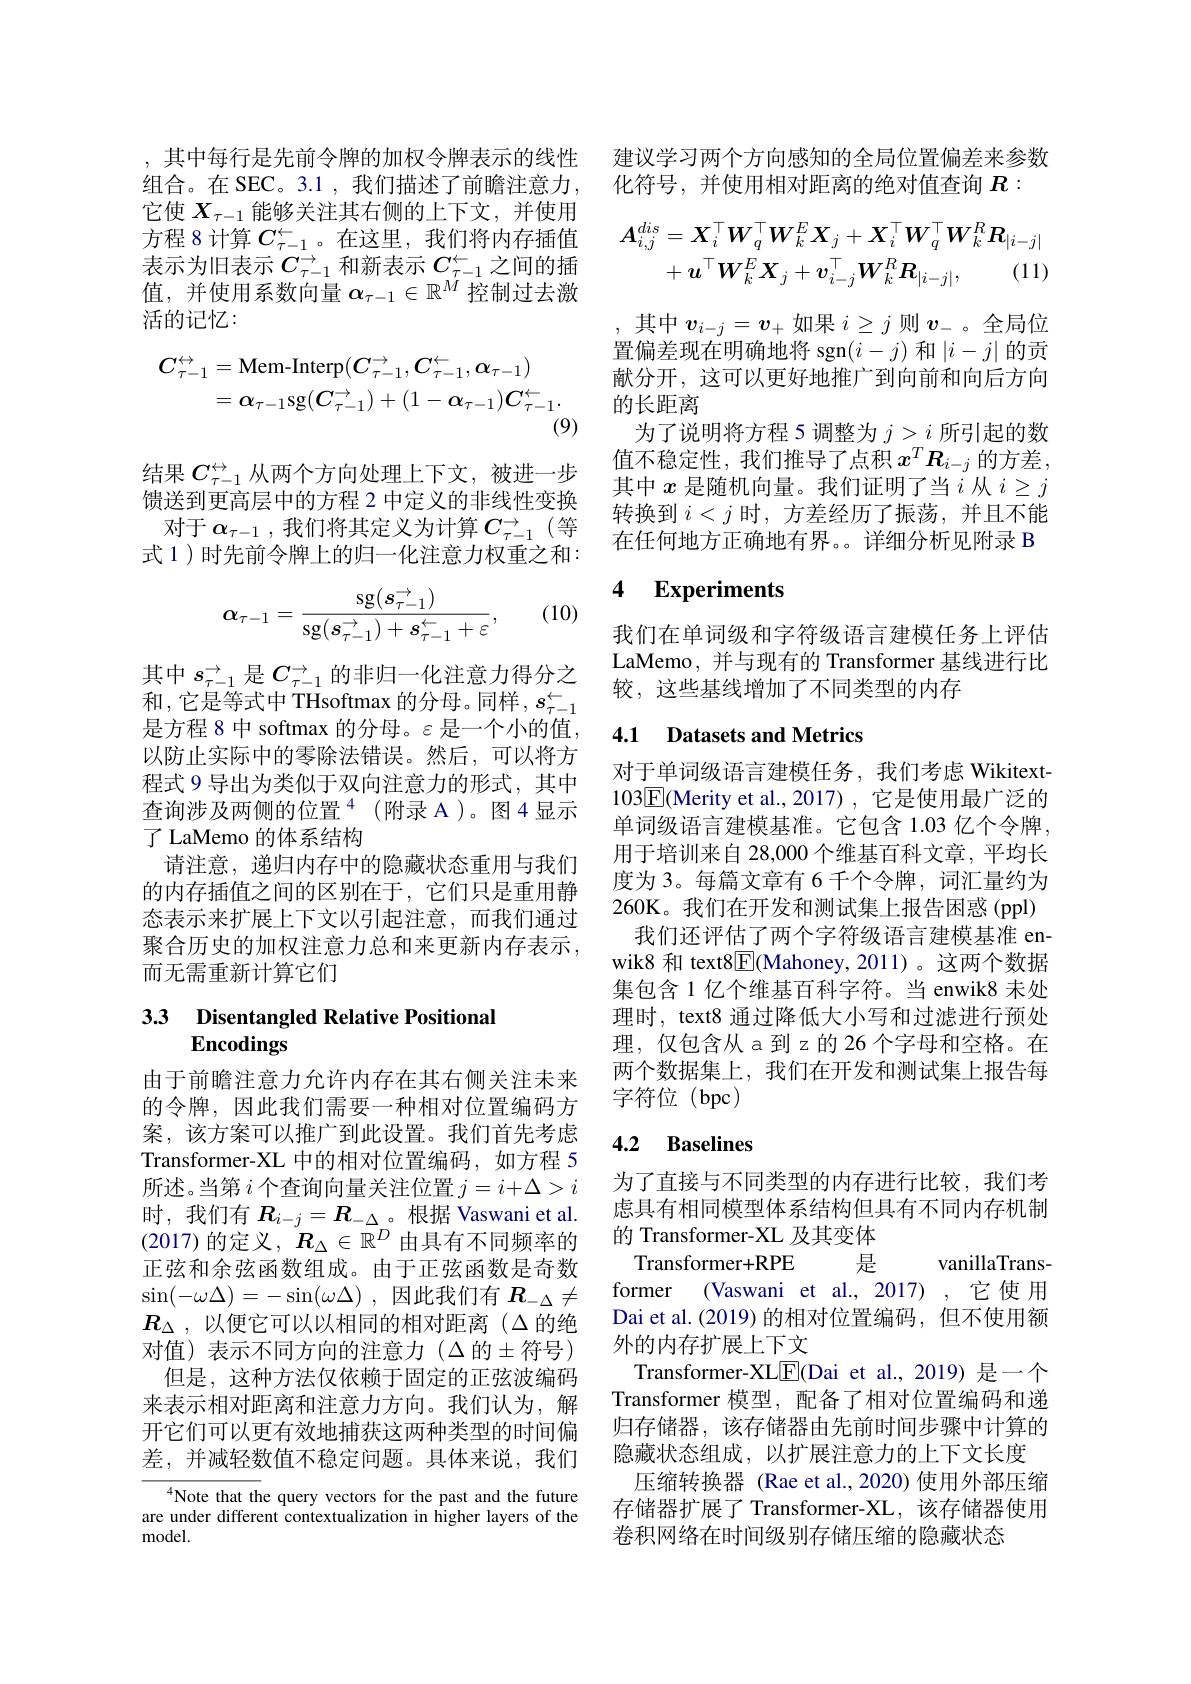
它使$X_{\tau-1}$能够关注其右侧的上下文，并使用方程 8 计算$C_{\tau-1}^\leftarrow$。在这里，我们将内存插值表示为旧表示$C_\tau-1^{\rightarrow}$和新表示$C_\tau-1^{\leftarrow}$之间的插值，并使用系数向量$\alpha_\tau-1\in\mathbb{R}^M$控制过去激活的记忆：
$$\begin{aligned}C_{\tau-1}^{\leftrightarrow}&=\text{Mem-Interp}(C_{\tau-1}^{\rightarrow},C_{\tau-1}^{\leftarrow},\alpha_{\tau-1})\\&=\alpha_{\tau-1}\mathrm{sg}(C_{\tau-1}^{\rightarrow})+(1-\alpha_{\tau-1})C_{\tau-1}^{\leftarrow}.\end{aligned}$$
结果$C_{\tau-1}^{\leftrightarrow}$从两个方向处理上下文，被进一步馈送到更高层中的方程 2 中定义的非线性变换对于$\alpha_{\tau-1}$ ,我们将其定义为计算$C_{\tau-1}^{\rightarrow}$ (等式 1 ) 时先前令牌上的归一化注意力权重之和：

(10)
$$\alpha_{\tau-1}=\frac{\mathrm{sg}(s_{\tau-1}^{\to})}{\mathrm{sg}(s_{\tau-1}^{\to})+s_{\tau-1}^{\leftarrow}+\varepsilon},$$
其中$s_\tau-1^\to$是$C_{\tau-1}^\to$的非归一化注意力得分之和，它是等式中 THsoftmax 的分母。同样，$s_\tau-1^\leftarrow$ 是方程 8 中 softmax 的分母。$\varepsilon$是一个小的值以防止实际中的零除法错误。然后，可以将方程式 9 导出为类似于双向注意力的形式，其中查询涉及两侧的位置$^4$(附录 A)。图4显示了 LaMemo 的体系结构
请注意，递归内存中的隐藏状态重用与我们的内存插值之间的区别在于，它们只是重用静态表示来扩展上下文以引起注意，而我们通过聚合历史的加权注意力总和来更新内存表示， 而无需重新计算它们

# $\begin{array}{ll}3.3&\text{Disentangled Relative Positional}\\&\text{Encodings}\end{array}$

由于前瞻注意力允许内存在其右侧关注未来的令牌，因此我们需要一种相对位置编码方案，该方案可以推广到此设置。我们首先考虑Transformer-XL 中的相对位置编码，如方程 5所述。当第$i$个查询向量关注位置$j=i+\Delta>i$ 时，我们有$R_i-j=\boldsymbol{R}_{-\Delta}$。根据 Vaswani et al. (2017)的定义，$R_\Delta\in\mathbb{R}^D$由具有不同频率的正弦和余弦函数组成。由于正弦函数是奇数$\sin ( - \omega \Delta ) = - \sin ( \omega \Delta )$ , 因此我们有$R_-\Delta\neq$ $R_{\Delta}$ ,以便它可以以相同的相对距离$(\Delta$的绝对值)表示不同方向的注意力($\Delta 的±符号)$
但是，这种方法仅依赖于固定的正弦波编码来表示相对距离和注意力方向。我们认为，解开它们可以更有效地捕获这两种类型的时间偏差，并减轻数值不稳定问题。具体来说，我们

$^{4}$Note that the query vectors for the past and the future are under different contextualization in higher layers of the model.

,其中每行是先前令牌的加权令牌表示的线性 建议学习两个方向感知的全局位置偏差来参数
组合。在 SEC。3.1 , 我们描述了前瞻注意力，化符号，并使用相对距离的绝对值查询$R:$
$$\begin{aligned}\boldsymbol{A}_{i,j}^{dis}&=\boldsymbol{X}_{i}^{\top}\boldsymbol{W}_{q}^{\top}\boldsymbol{W}_{k}^{E}\boldsymbol{X}_{j}+\boldsymbol{X}_{i}^{\top}\boldsymbol{W}_{q}^{\top}\boldsymbol{W}_{k}^{R}\boldsymbol{R}_{|i-j|}\\&+\boldsymbol{u}^{\top}\boldsymbol{W}_{k}^{E}\boldsymbol{X}_{j}+\boldsymbol{v}_{i-j}^{\top}\boldsymbol{W}_{k}^{R}\boldsymbol{R}_{|i-j|},\quad(11)\end{aligned}$$
其中$v_i-j=\boldsymbol{v}_+$如果$i\geq j$则$\boldsymbol v_-$ 。全局位置偏差现在明确地将 sgn$(i-j)$和$|i-j|$的贡献分开，这可以更好地推广到向前和向后方向的长距离
为了说明将方程 5 调整为$j>i$所引起的数值不稳定性，我们推导了点积 $x^T\boldsymbol{R}_{i-j}$ 的方差， 其中$x$是随机向量。我们证明了当$i$从$i\geq j$ 转换到$i<j$时，方差经历了振荡，并且不能在任何地方正确地有界。详细分析见附录 B

### 4 $\textbf{Experiments}$

我们在单词级和字符级语言建模任务上评估LaMemo, 并与现有的 Transformer 基线进行比较，这些基线增加了不同类型的内存

## 4.1 Datasets and Metrics

对于单词级语言建模任务，我们考虑 Wikitext- 103$\boxed{\mathrm{E}}$(Merity et al.,2017) ,它是使用最广泛的单词级语言建模基准。它包含 1.03 亿个令牌， 用于培训来自 28,000 个维基百科文章，平均长度为 3。每篇文章有 6 千个令牌，词汇量约为260K。我们在开发和测试集上报告困惑(ppl)
我们还评估了两个字符级语言建模基准 enwik8 和 text8$\boxed{\mathrm{F}}$(Mahoney,2011)。这两个数据集包含 1 亿个维基百科字符。当 enwik8 未处理时，text8 通过降低大小写和过滤进行预处理，仅包含从 a 到 z 的 26 个字母和空格。在两个数据集上，我们在开发和测试集上报告每字符位(bpc)

## 4.2 Baselines

为了直接与不同类型的内存进行比较，我们考虑具有相同模型体系结构但具有不同内存机制的 Transformer-XL 及其变体
Transformer+RPE 是
vanillaTrans-
former (Vaswani et al., 2017) ,它使用Dai et al.(2019)的相对位置编码，但不使用额外的内存扩展上下文
Transformer-XL$\underline{\mathrm{E}}($Dai et al.,2019) 是一个Transformer 模型，配备了相对位置编码和递归存储器，该存储器由先前时间步骤中计算的隐藏状态组成，以扩展注意力的上下文长度
压缩转换器 (Rae et al.,2020) 使用外部压缩存储器扩展了 Transformer-XL,该存储器使用卷积网络在时间级别存储压缩的隐藏状态